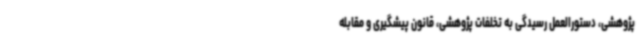
پژوهشی، دستورالعمل رسیدگی به تخلفات پژوهشی، قانون پیشگیری و مقابله